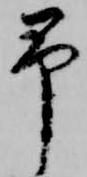
予